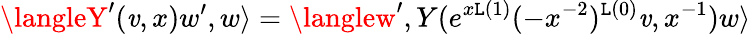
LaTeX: \langleY^{\prime}(\mathit{v},x)w^{\prime},w\rangle=\langlew^{\prime},Y(e^{x\mathtt{L}(1)}(-x^{-2})^{\mathtt{L}(0)}\mathit{v},x^{-1})w\rangle